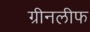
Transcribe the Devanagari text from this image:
ग्रीनलीफ